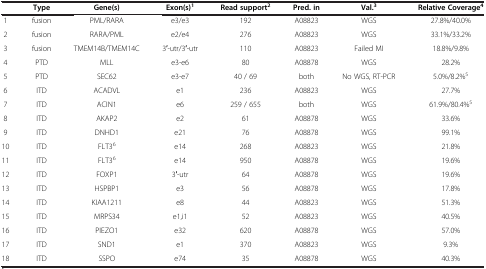
<table><thead><tr><td><b> </b></td><td><b>Type</b></td><td><b>Gene(s)</b></td><td><b>Exon(s)<sup>1</sup></b></td><td><b>Read support<sup>2</sup></b></td><td><b>Pred. in</b></td><td><b>Val.<sup>3</sup></b></td><td><b>Relative Coverage<sup>4</sup></b></td></tr></thead><tbody><tr><td>1</td><td>fusion</td><td>PML/RARA</td><td>e3/e3</td><td>192</td><td>A08823</td><td>WGS</td><td>27.8%/40.0%</td></tr><tr><td>2</td><td>fusion</td><td>RARA/PML</td><td>e2/e4</td><td>276</td><td>A08823</td><td>WGS</td><td>33.1%/33.2%</td></tr><tr><td>3</td><td>fusion</td><td>TMEM14B/TMEM14C</td><td>3′-utr/3′-utr</td><td>110</td><td>A08823</td><td>Failed MI</td><td>18.8%/9.8%</td></tr><tr><td>4</td><td>PTD</td><td>MLL</td><td>e3-e6</td><td>80</td><td>A08878</td><td>WGS</td><td>28.2%</td></tr><tr><td>5</td><td>PTD</td><td>SEC62</td><td>e3-e7</td><td>40 / 69</td><td>both</td><td>No WGS, RT-PCR</td><td>5.0%/8.2%<sup>5</sup></td></tr><tr><td>6</td><td>ITD</td><td>ACADVL</td><td>e1</td><td>236</td><td>A08823</td><td>WGS</td><td>27.7%</td></tr><tr><td>7</td><td>ITD</td><td>ACIN1</td><td>e6</td><td>259 / 655</td><td>both</td><td>WGS</td><td>61.9%/80.4%<sup>5</sup></td></tr><tr><td>8</td><td>ITD</td><td>AKAP2</td><td>e2</td><td>61</td><td>A08878</td><td>WGS</td><td>33.6%</td></tr><tr><td>9</td><td>ITD</td><td>DNHD1</td><td>e21</td><td>76</td><td>A08878</td><td>WGS</td><td>99.1%</td></tr><tr><td>10</td><td>ITD</td><td>FLT3<sup>6</sup></td><td>e14</td><td>268</td><td>A08823</td><td>WGS</td><td>21.8%</td></tr><tr><td>11</td><td>ITD</td><td>FLT3<sup>6</sup></td><td>e14</td><td>950</td><td>A08878</td><td>WGS</td><td>19.6%</td></tr><tr><td>12</td><td>ITD</td><td>FOXP1</td><td>3′-utr</td><td>64</td><td>A08878</td><td>WGS</td><td>19.6%</td></tr><tr><td>13</td><td>ITD</td><td>HSPBP1</td><td>e3</td><td>56</td><td>A08878</td><td>WGS</td><td>17.8%</td></tr><tr><td>14</td><td>ITD</td><td>KIAA1211</td><td>e8</td><td>44</td><td>A08823</td><td>WGS</td><td>51.3%</td></tr><tr><td>15</td><td>ITD</td><td>MRPS34</td><td>e1,i1</td><td>52</td><td>A08823</td><td>WGS</td><td>40.5%</td></tr><tr><td>16</td><td>ITD</td><td>PIEZO1</td><td>e32</td><td>620</td><td>A08878</td><td>WGS</td><td>57.0%</td></tr><tr><td>17</td><td>ITD</td><td>SND1</td><td>e1</td><td>370</td><td>A08823</td><td>WGS</td><td>9.3%</td></tr><tr><td>18</td><td>ITD</td><td>SSPO</td><td>e74</td><td>35</td><td>A08878</td><td>WGS</td><td>40.3%</td></tr></tbody></table>